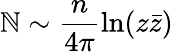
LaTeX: \mathbb{N}\sim\frac{{n}}{{4\pi}}\ln(z\bar{{z}})